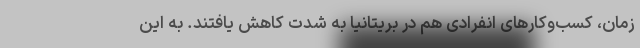
زمان، کسب‌و‌کارهای انفرادی هم در بریتانیا به شدت کاهش یافتند. به این